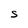
Character: S